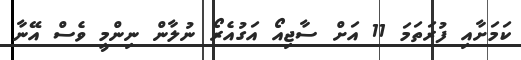
ކަމަށާއި ފުރަތަމަ 11 އަށް ސާޖިއޯ އަގުއެރޯ ނުލާން ނިންމީ ވެސް އޭނާ